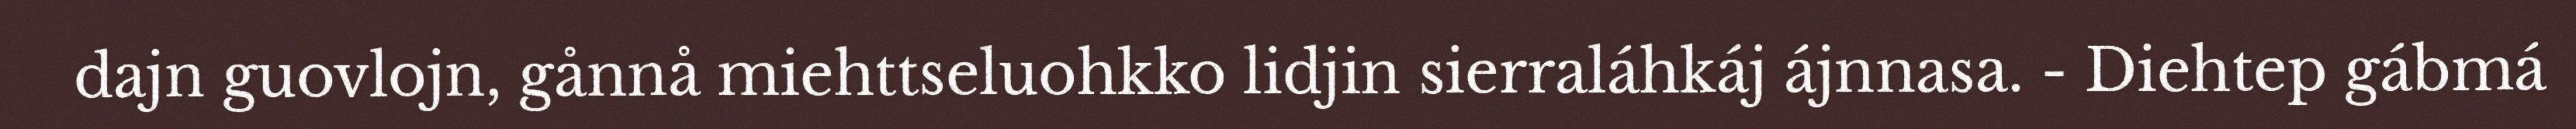
dajn guovlojn, gånnå miehttseluohkko lidjin sierraláhkáj ájnnasa. - Diehtep gábmá